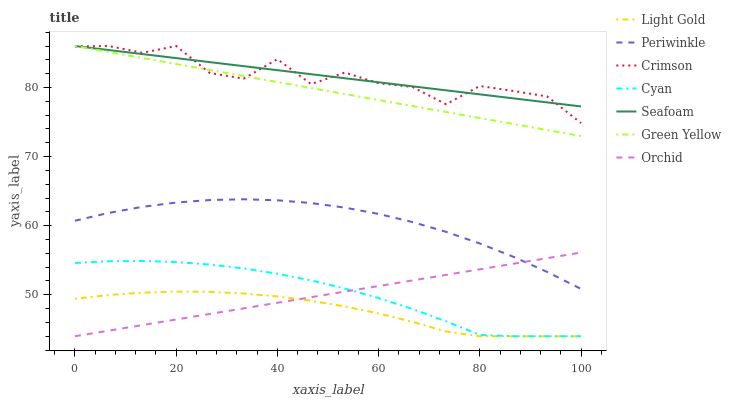
| xaxis_label | Light Gold | Periwinkle | Crimson | Cyan | Seafoam | Green Yellow | Orchid |
 | --- | --- | --- | --- | --- | --- | --- | --- |
 | 0 | 49.4 | 60.7 | 85.9 | 54.6 | 86 | 86 | 44 |
 | 6.67 | 50 | 61.8 | 86 | 54.9 | 85.4 | 85.1 | 44.8 |
 | 13.3 | 50.3 | 62.7 | 85 | 54.9 | 84.8 | 84.3 | 45.6 |
 | 20 | 50.5 | 63.3 | 86 | 54.7 | 84.3 | 83.4 | 46.4 |
 | 26.7 | 50.4 | 63.7 | 82.1 | 54.4 | 83.7 | 82.5 | 47.2 |
 | 33.3 | 50.2 | 63.8 | 81.3 | 53.8 | 83.1 | 81.7 | 48 |
 | 40 | 49.8 | 63.7 | 84.1 | 53 | 82.5 | 80.8 | 48.8 |
 | 46.7 | 49.1 | 63.3 | 80.5 | 52.1 | 81.9 | 79.9 | 49.7 |
 | 53.3 | 48.3 | 62.6 | 82.2 | 50.9 | 81.3 | 79.1 | 50.5 |
 | 60 | 47.3 | 61.7 | 80.6 | 49.5 | 80.8 | 78.2 | 51.3 |
 | 66.7 | 46.1 | 60.5 | 80.1 | 47.9 | 80.2 | 77.3 | 52.1 |
 | 73.3 | 44.7 | 59.1 | 77.6 | 46.2 | 79.6 | 76.4 | 52.9 |
 | 80 | 44 | 57.4 | 80.2 | 44.2 | 79 | 75.6 | 53.7 |
 | 86.7 | 44 | 55.5 | 79.5 | 44 | 78.4 | 74.7 | 54.5 |
 | 93.3 | 44 | 53.3 | 78.7 | 44 | 77.8 | 73.8 | 55.3 |
 | 100 | 44 | 50.8 | 74.8 | 44 | 77.3 | 73 | 56.1 |